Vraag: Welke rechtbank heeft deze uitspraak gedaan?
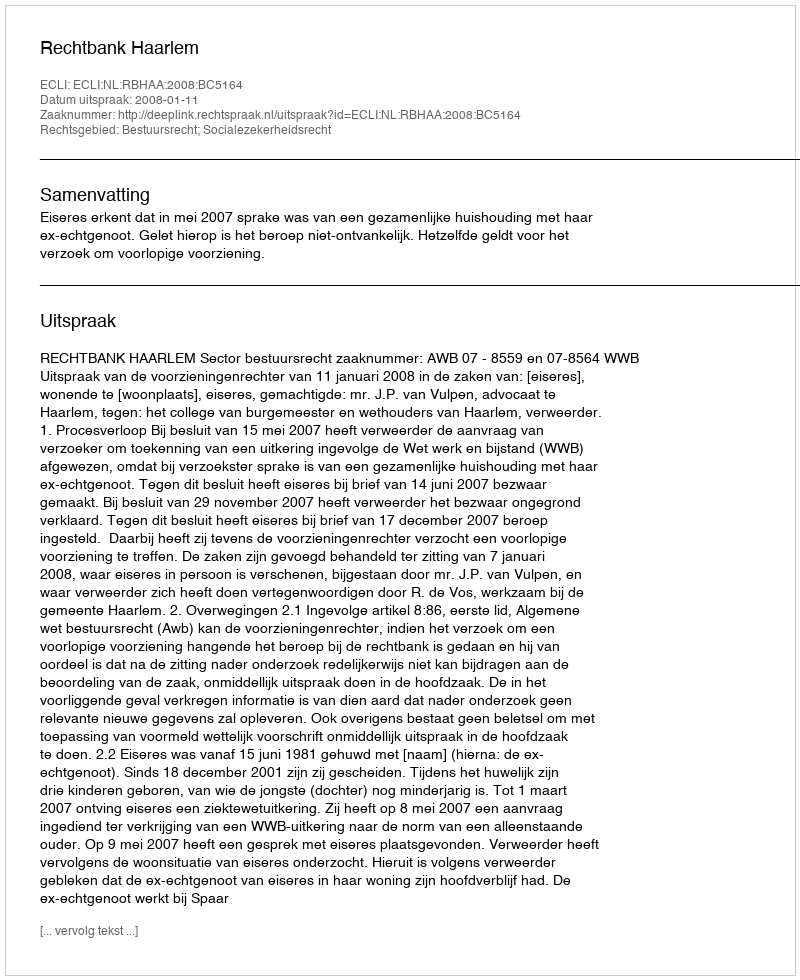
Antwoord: Rechtbank Haarlem